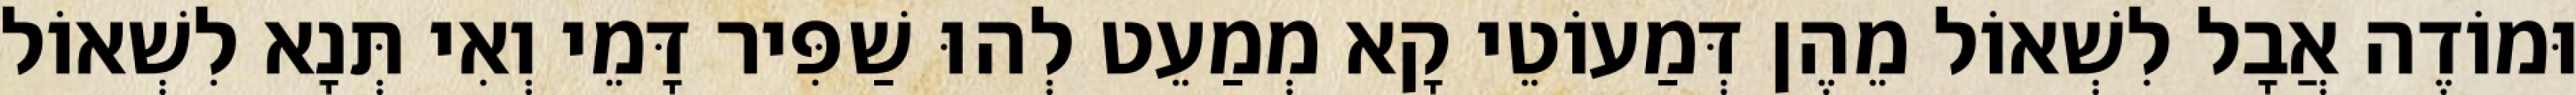
וּמוֹדֶה אֲבָל לִשְׁאוֹל מֵהֶן דְּמַעוֹטֵי קָא מְמַעֵט לְהוּ שַׁפִּיר דָּמֵי וְאִי תְּנָא לִשְׁאוֹל